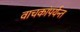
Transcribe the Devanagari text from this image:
वाचकांपर्यन्त